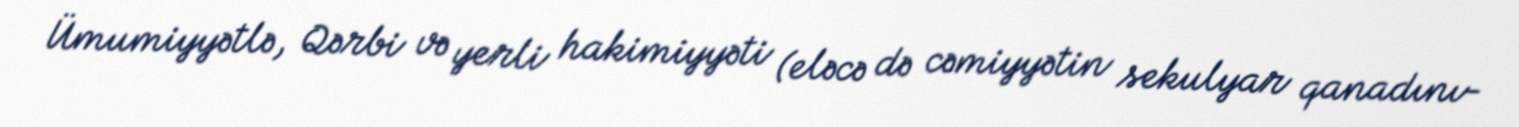
Ümumiyyətlə, Qərbi və yerli hakimiyyəti (eləcə də cəmiyyətin sekulyar qanadını-